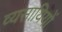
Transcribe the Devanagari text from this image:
व्यसायियों